Annual report of the Punjab Veterinary College and of the Civil Veterinary Department, Punjab - 1894-1908
Year: 1894
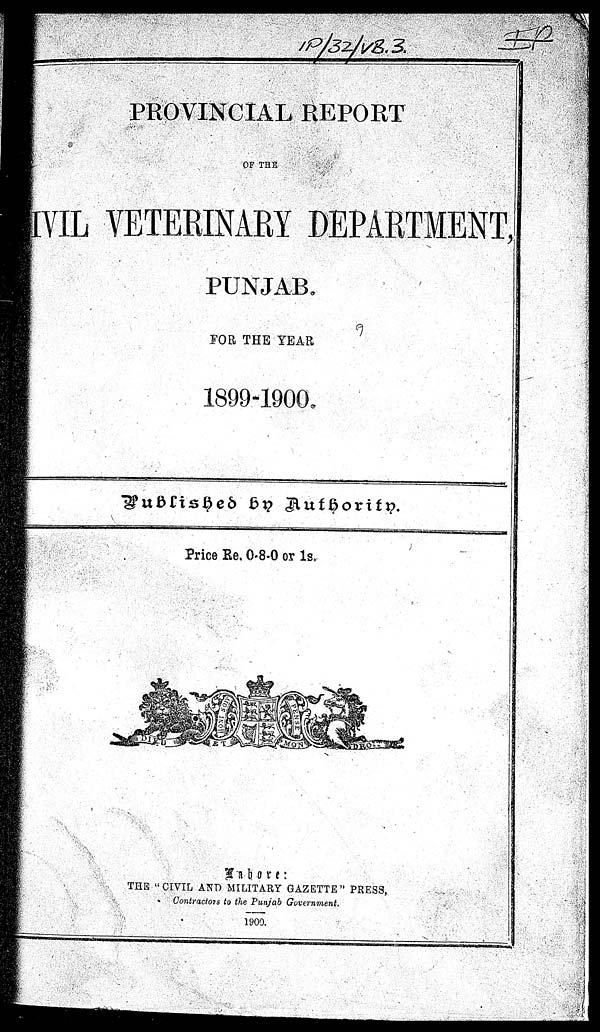
PROVINCIAL REPORT
OF THE
CIVIL VETERINARY DEPARTMENT,
PUNJAB.
FOR THE YEAR
1899-1900
Published by Authority.
Price Re. 0-8-0 or 1s.
Lahore:
THE "CIVIL AND MILITARY GAZETTE" PRESS,
Contractors to the Punjab Government.
1900.